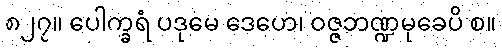
၈၂၇။ ပေါက္ခရံ ပဒုမေ ဒေဟေ၊ ဝဇ္ဇဘဏ္ဍမုခေပိ စ။